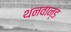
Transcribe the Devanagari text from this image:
थनवान्ड